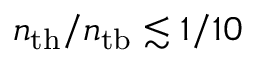
n _ { \mathrm { t h } } / n _ { \mathrm { t b } } \lesssim 1 / 1 0